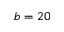
b = 2 0